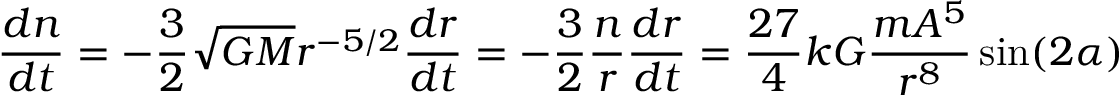
{ \frac { d n } { d t } } = - { \frac { 3 } { 2 } } { \sqrt { G M } } r ^ { - 5 / 2 } { \frac { d r } { d t } } = - { \frac { 3 } { 2 } } { \frac { n } { r } } { \frac { d r } { d t } } = { \frac { 2 7 } { 4 } } k G { \frac { m A ^ { 5 } } { r ^ { 8 } } } \sin ( 2 \alpha )